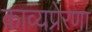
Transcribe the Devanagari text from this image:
काव्यप्रेरणा